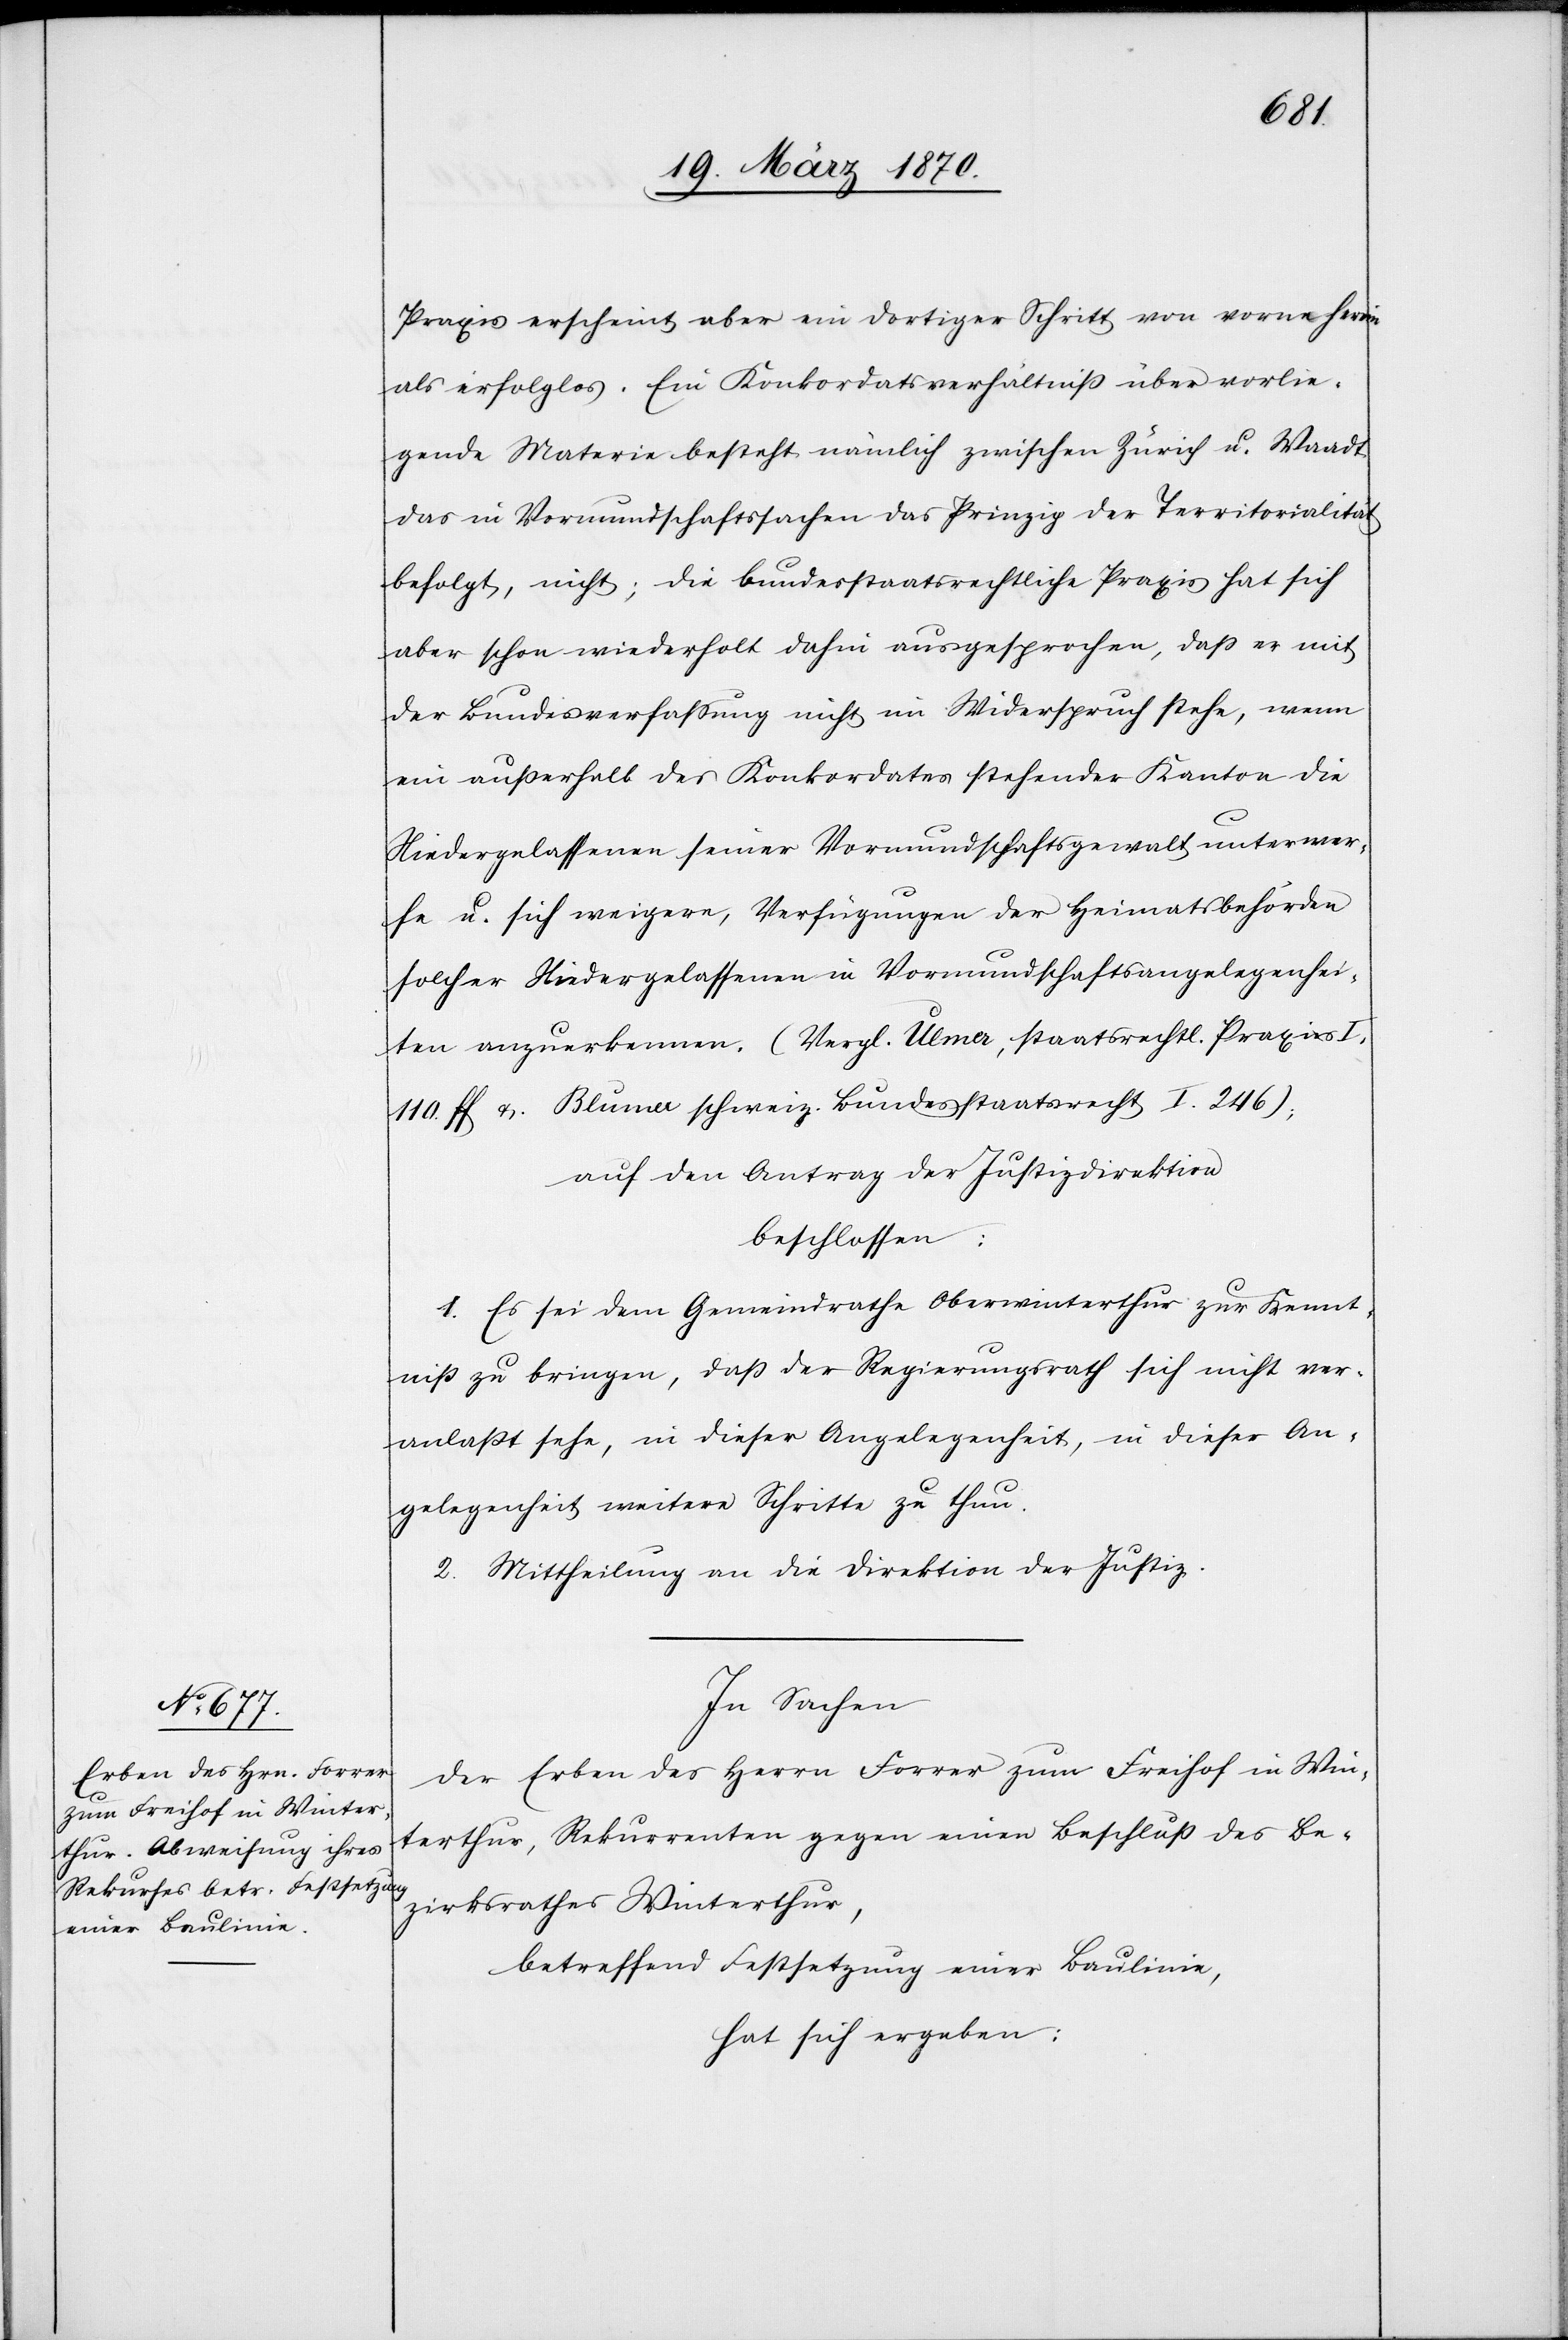
Praxis erscheint aber ein dortiger Schritt von vorne herein
als erfolglos. Ein Konkordatsverhältniß über vorlie¬
gende Materie besteht nämlich zwischen Zürich u. Waadt
das in Vormundschaftssachen das Prinzip der Territorialität
befolgt, nicht; die bundesstaatsrechtliche Praxis hat sich
aber schon wiederholt dahin ausgesprochen, daß es mit
der Bundesverfassung nicht im Widerspruch stehe, wenn
ein außerhalb des Konkordates stehender Kanton die
Niedergelassenen seiner Vormundschaftsgewalt unterwer¬
fe u. sich weigere, Verfügungen der Heimatsbehörden
solcher Niedergelassenen in Vormundschaftsangelegenhei¬
ten anzuerkennen. (Vergl. Ulmer, staatsrechtl. Praxis I,
110. ff. & Blumer schweiz. Bundesstaatsrecht I. 246);
auf den Antrag der Justizdirektion
beschlossen:
1. Es sei dem Gemeindrathe Oberwinterthur zur Kennt¬
niß zu bringen, daß der Regierungsrath sich nicht ver¬
anlaßt sehe, in dieser Angelegenheit, in dieser An¬
gelegenheit [sic!] weitere Schritte zu thun.
2. Mittheilung an die Direktion der Justiz.
In Sachen
der Erben des Herrn Forrer zum Freihof in Win¬
terthur, Rekurrenten gegen einen Beschluß des Be¬
zirksrathes Winterthur,
betreffend Festsetzung einer Baulinie,
hat sich ergeben: